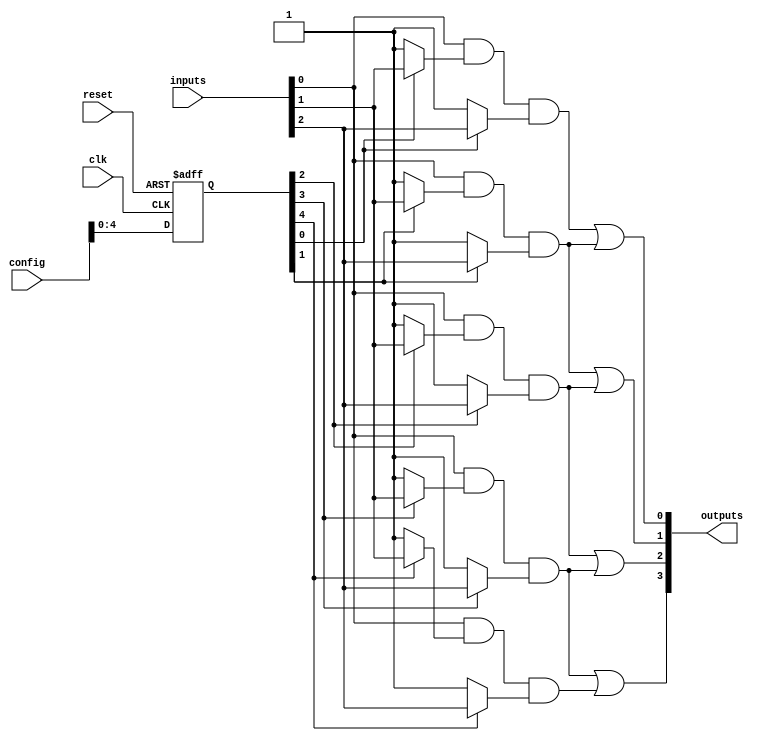
module CLB (
    input wire [N-1:0] inputs,           // N input signals
    input wire [M-1:0] config,           // M configuration signals
    input wire clk,                       // Clock signal for configuration
    input wire reset,                     // Reset signal
    output reg [P-1:0] outputs           // P output signals
);

// Parameters
parameter N = 8; // Number of inputs
parameter M = 16; // Number of product terms (AND gates)
parameter P = 4; // Number of outputs

// Internal signals
wire [M-1:0] and_terms;                // AND gate outputs
wire [P-1:0] or_terms;                 // OR gate outputs
reg [M-1:0] config_memory;             // Configuration memory

// Logic Array: AND gates
genvar i;
generate
    for (i = 0; i < M; i = i + 1) begin : and_gate
        assign and_terms[i] = inputs[0] & (config_memory[i] ? inputs[1] : 1'b1) & (config_memory[i] ? inputs[2] : 1'b1); // Example logic
        // Extend this for more inputs as needed
    end
endgenerate

// Logic Array: OR gates
genvar j;
generate
    for (j = 0; j < P; j = j + 1) begin : or_gate
        assign or_terms[j] = and_terms[j] | and_terms[j + 1]; // Example logic, adjust as necessary
    end
endgenerate

// Configuration Memory Logic
always @(posedge clk or posedge reset) begin
    if (reset) begin
        config_memory <= {M{1'b0}}; // Reset configuration memory
    end else begin
        config_memory <= config; // Load new configuration
    end
end

// Output Logic
always @(*) begin
    outputs = or_terms; // Assign OR gate outputs to outputs
end

endmodule